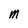
Character: M